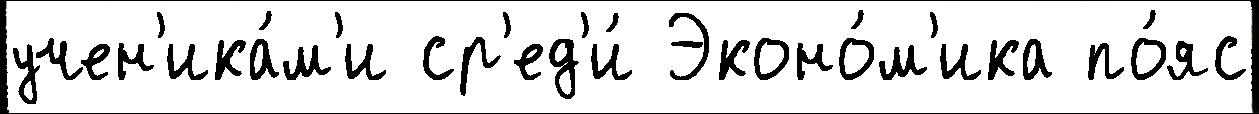
учен'ика́м'и ср'ед'и́ Эконо́м'ика по́яс